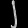
Digit: ၂